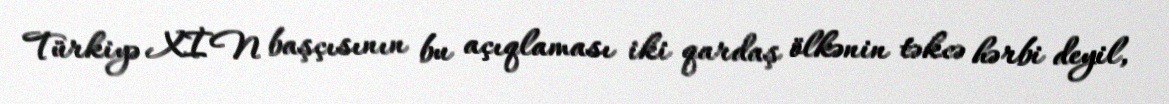
Türkiyə XİN başçısının bu açıqlaması iki qardaş ölkənin təkcə hərbi deyil,